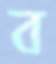
ব